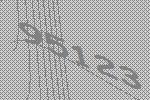
95123